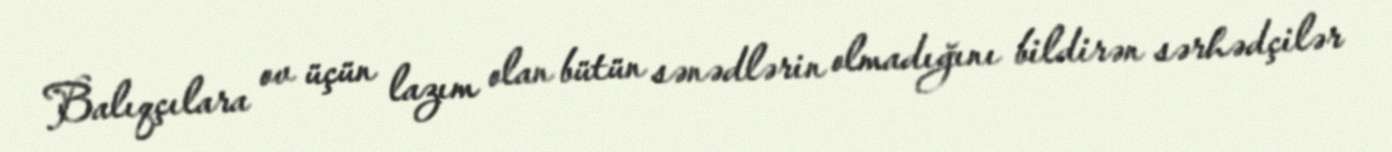
Balıqçılara ov üçün lazım olan bütün sənədlərin olmadığını bildirən sərhədçilər